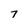
Character: 7